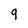
Character: q